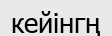
кейінгң